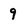
Character: 9